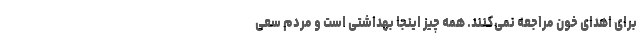
برای اهدای خون مراجعه نمی‌کنند. همه چیز اینجا بهداشتی است و مردم سعی